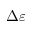
\Delta \varepsilon